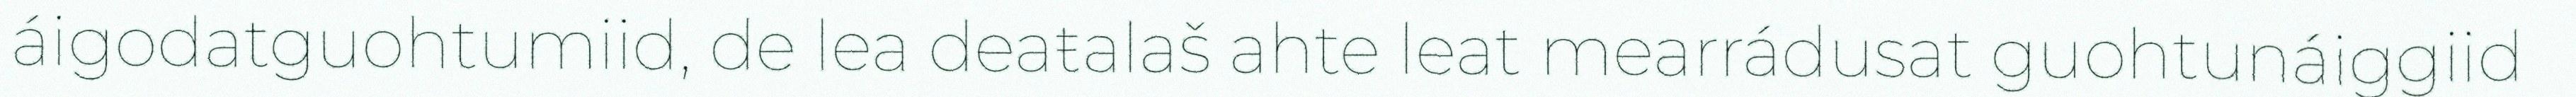
áigodatguohtumiid, de lea deaŧalaš ahte leat mearrádusat guohtunáiggiid